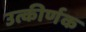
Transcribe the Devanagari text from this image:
उत्कीर्णक